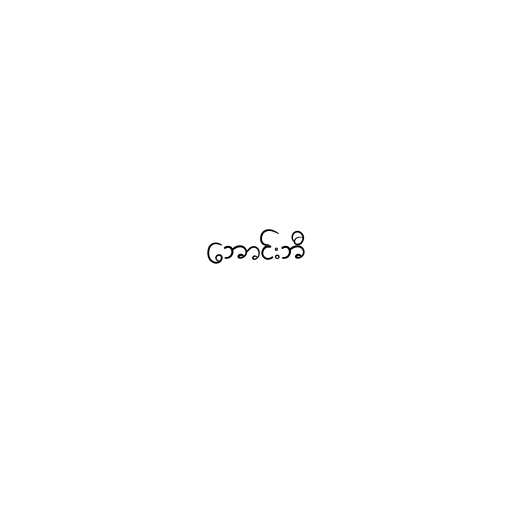
ဘောင်းဘီ